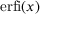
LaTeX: \operatorname { e r f i } ( x )